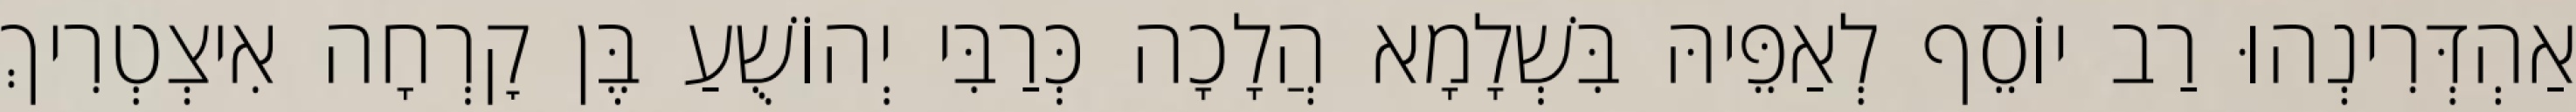
אַהְדְּרִינְהוּ רַב יוֹסֵף לְאַפֵּיהּ בִּשְׁלָמָא הֲלָכָה כְּרַבִּי יְהוֹשֻׁעַ בֶּן קׇרְחָה אִיצְטְרִיךְ